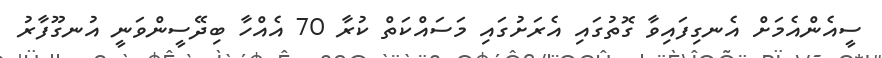
ސީއެންއެމަށް އެނގިފައިވާ ގޮތުގައި އެރަށުގައި މަސައްކަތް ކުރާ 70 އެއްހާ ބިދޭސީންވަނީ އުނގޫފާރު